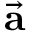
\vec { \mathbf { a } }